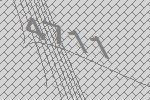
4711